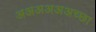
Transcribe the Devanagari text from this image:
अअअअअअच्छा